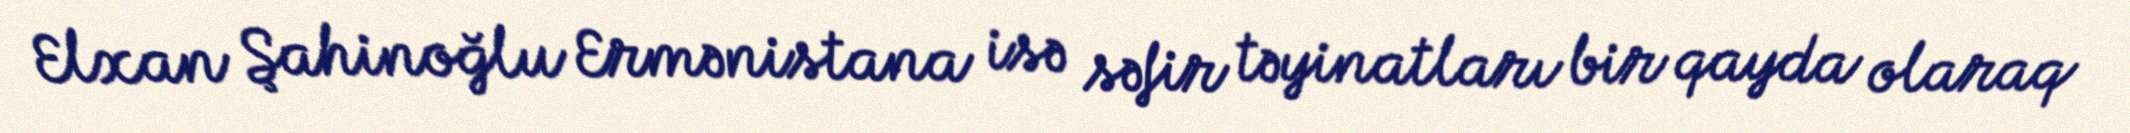
Elxan Şahinoğlu Ermənistana isə səfir təyinatları bir qayda olaraq